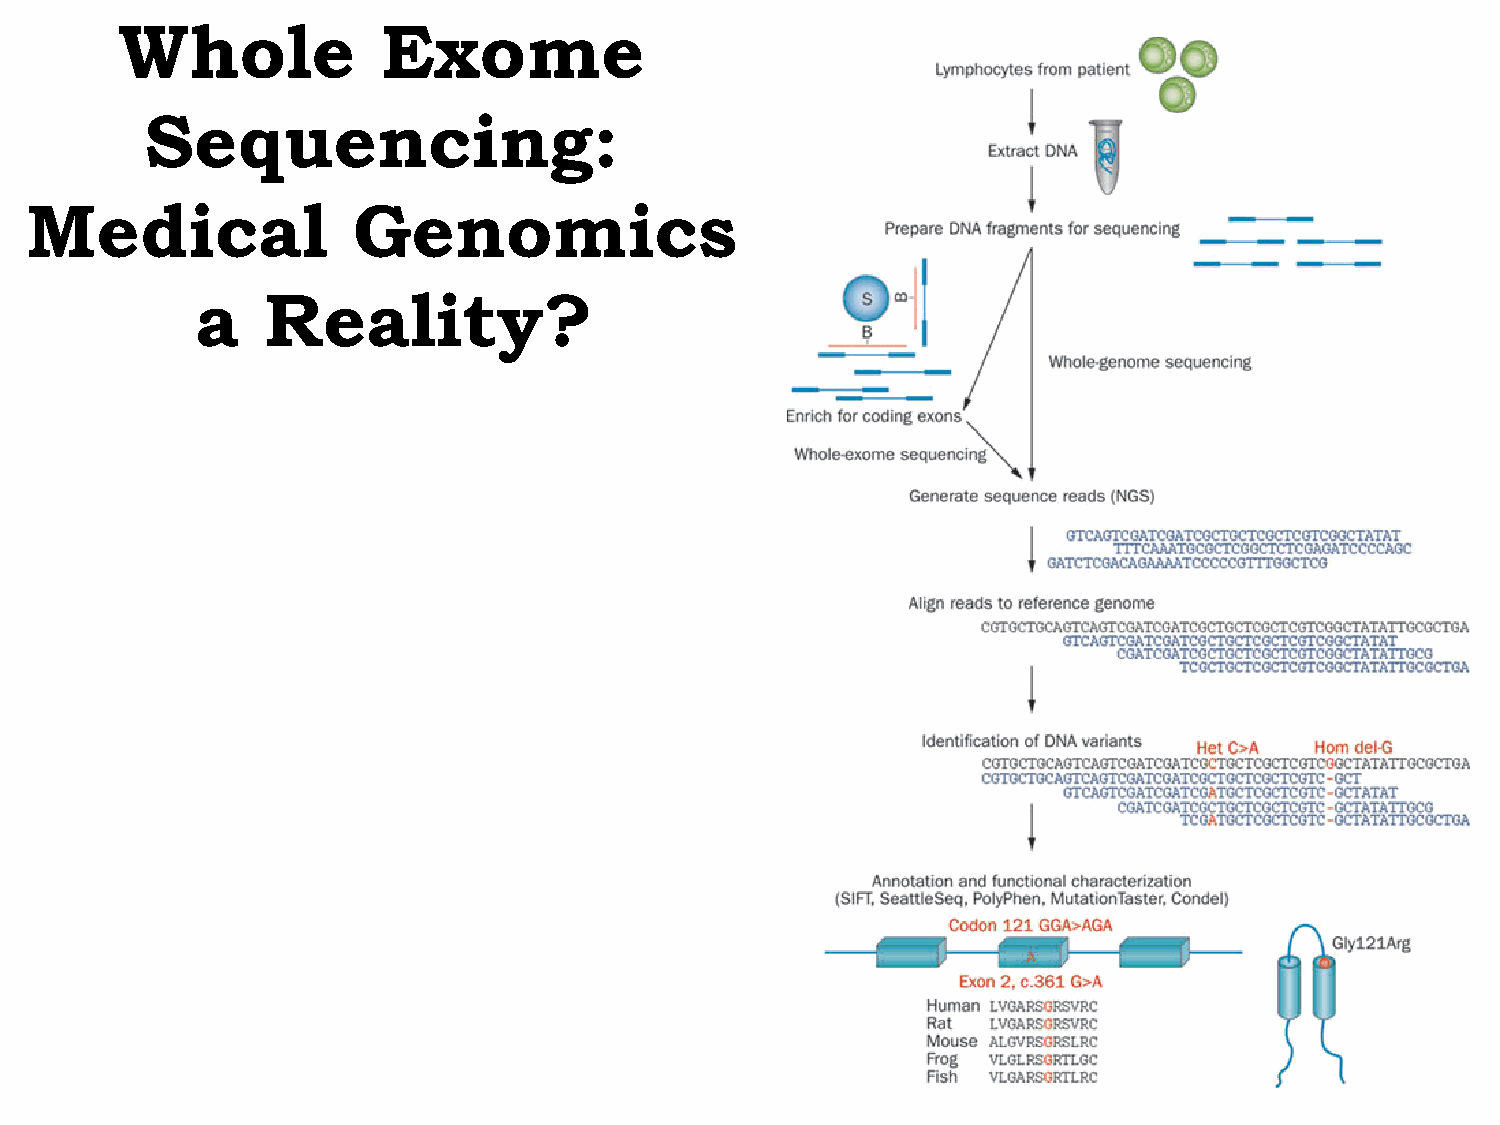
Whole            Exome
 Sequencing:
 Medical              Genomics
 a    Reality?